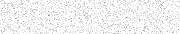
٤١